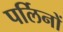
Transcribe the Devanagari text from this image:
पर्लिनों